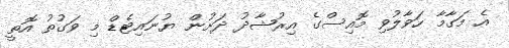
އެ މަގާމާ ހަވާލުވި މޮއިސްގެ އިރުޝާދު ދަށުން ޔުނައިޓެޑް މި ވަގުތު އޮތީ